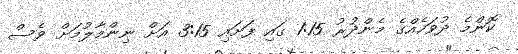
ކޮންމެ ދުވަހެއްގެ މެންދުރު 1:15 ގައި ފަށައި 3:15 އަށް ނިންމާލުމަށް ވެސް